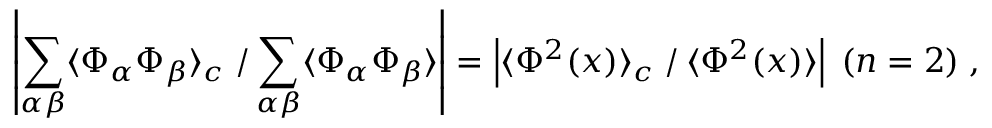
\left| \sum _ { \alpha \beta } \langle \Phi _ { \alpha } \Phi _ { \beta } \rangle _ { c } \left. \right/ \sum _ { \alpha \beta } \langle \Phi _ { \alpha } \Phi _ { \beta } \rangle \right| = \left| \langle \Phi ^ { 2 } ( x ) \rangle _ { c } \left. \right/ \langle \Phi ^ { 2 } ( x ) \rangle \right| \; ( n = 2 ) \; ,